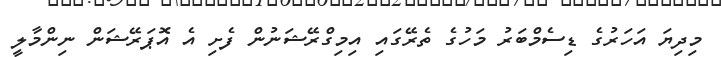
މިދިޔަ އަހަރުގެ ޑިސެމްބަރު މަހުގެ ތެރޭގައި އިމިގްރޭޝަނުން ފެށި އެ އޮޕަރޭޝަން ނިންމާލީ